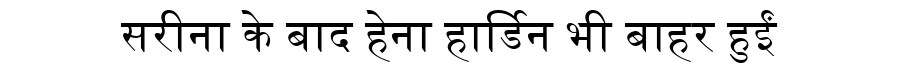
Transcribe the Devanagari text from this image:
सरीना के बाद हेना हार्डिन भी बाहर हुईं